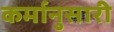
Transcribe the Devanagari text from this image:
कर्मानुसारी